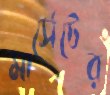
মার্সেটের